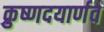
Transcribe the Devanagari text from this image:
क्रुष्णदयार्णव